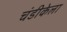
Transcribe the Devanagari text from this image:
चंडीकेला